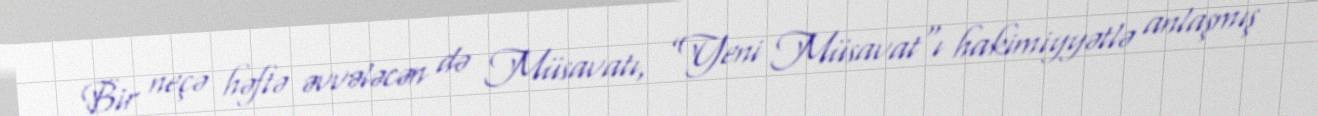
Bir neçə həftə əvvələcən də Müsavatı, ”Yeni Müsavat"ı hakimiyyətlə anlaşmış